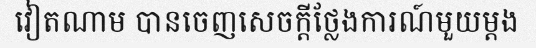
វៀតណាម បានចេញសេចក្តីថ្លែងការណ៍មួយម្តង